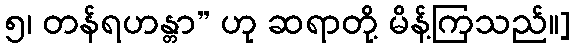
၅၊ တန်ရဟန္တာ” ဟု ဆရာတို့ မိန့်ကြသည်။]